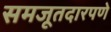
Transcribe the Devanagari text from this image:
समजूतदारपणे